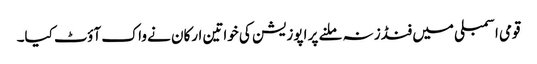
قومی اسمبلی میں فنڈز نہ ملنے پر اپوزیشن کی خواتین ارکان نے واک آؤٹ کیا۔